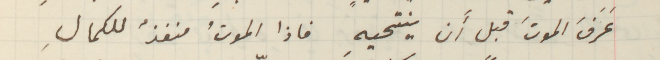
عَرَفَ الموتَ قبل أن ينتحيهِ فاذا الموتُ منفذٌ للكمالِِ